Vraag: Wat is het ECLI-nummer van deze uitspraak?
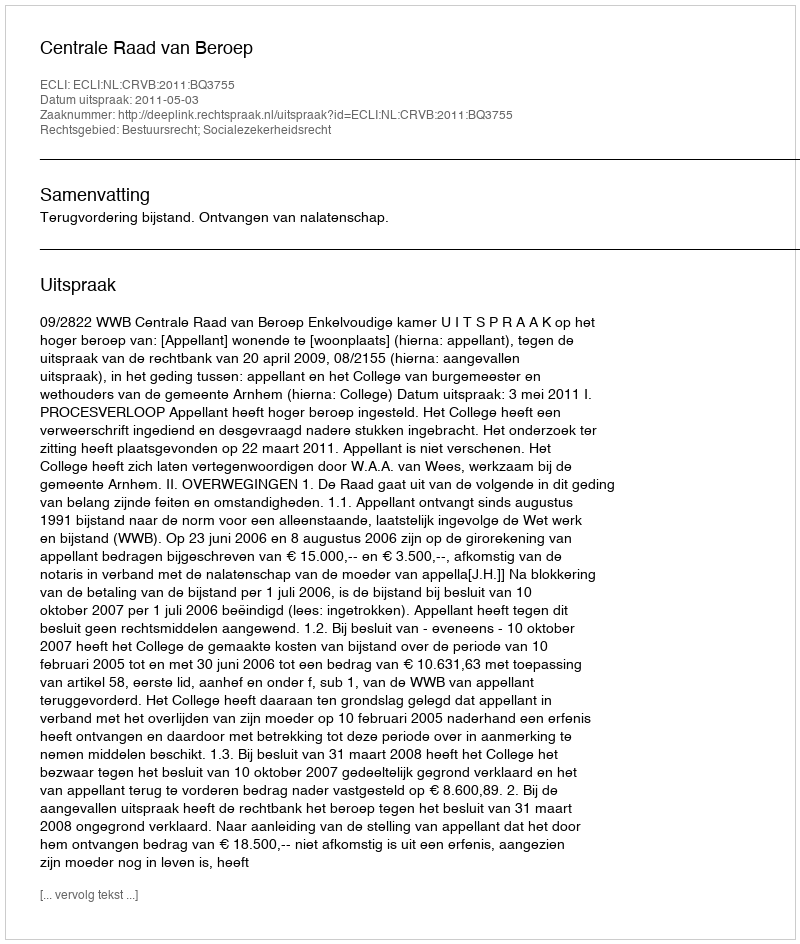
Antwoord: ECLI:NL:CRVB:2011:BQ3755